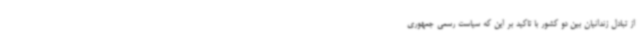
از تبادل زندانیان بین دو کشور با تاکید بر این که سیاست رسمی جمهوری